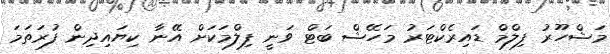
މަޝްހޫރު ފިލްމް ޑައިރެކްޓަރު މަހޭޝް ބަޓް ވަނީ ފިލްމަކަށް އޭނާ ކިޔައިދިން ފުރަތަމަ